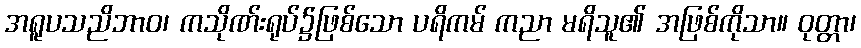
အရူပသညိဘာဝ၊ ကသိုဏ်းရုပ်၌ဖြစ်သော ပရိကမ် ကညာ မရိသူ၏ အဖြစ်ကိုသာ။ ဝုတ္တာ၊